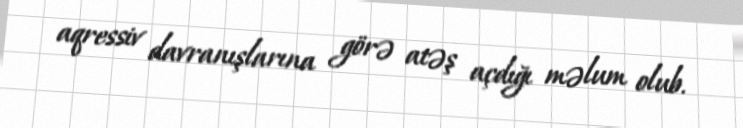
aqressiv davranışlarına görə atəş açdığı məlum olub.